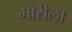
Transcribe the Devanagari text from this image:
मोरीला